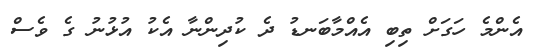
އެންމެ ހަގަށް ތިބި އެއްމާބަނޑު ދެ ކުދިންނާ އެކު އުޅުނު ގެ ވެސް